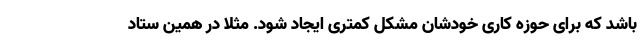
باشد که برای حوزه کاری خودشان مشکل کمتری ایجاد شود. مثلا در همین ستاد